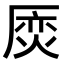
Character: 𠪌